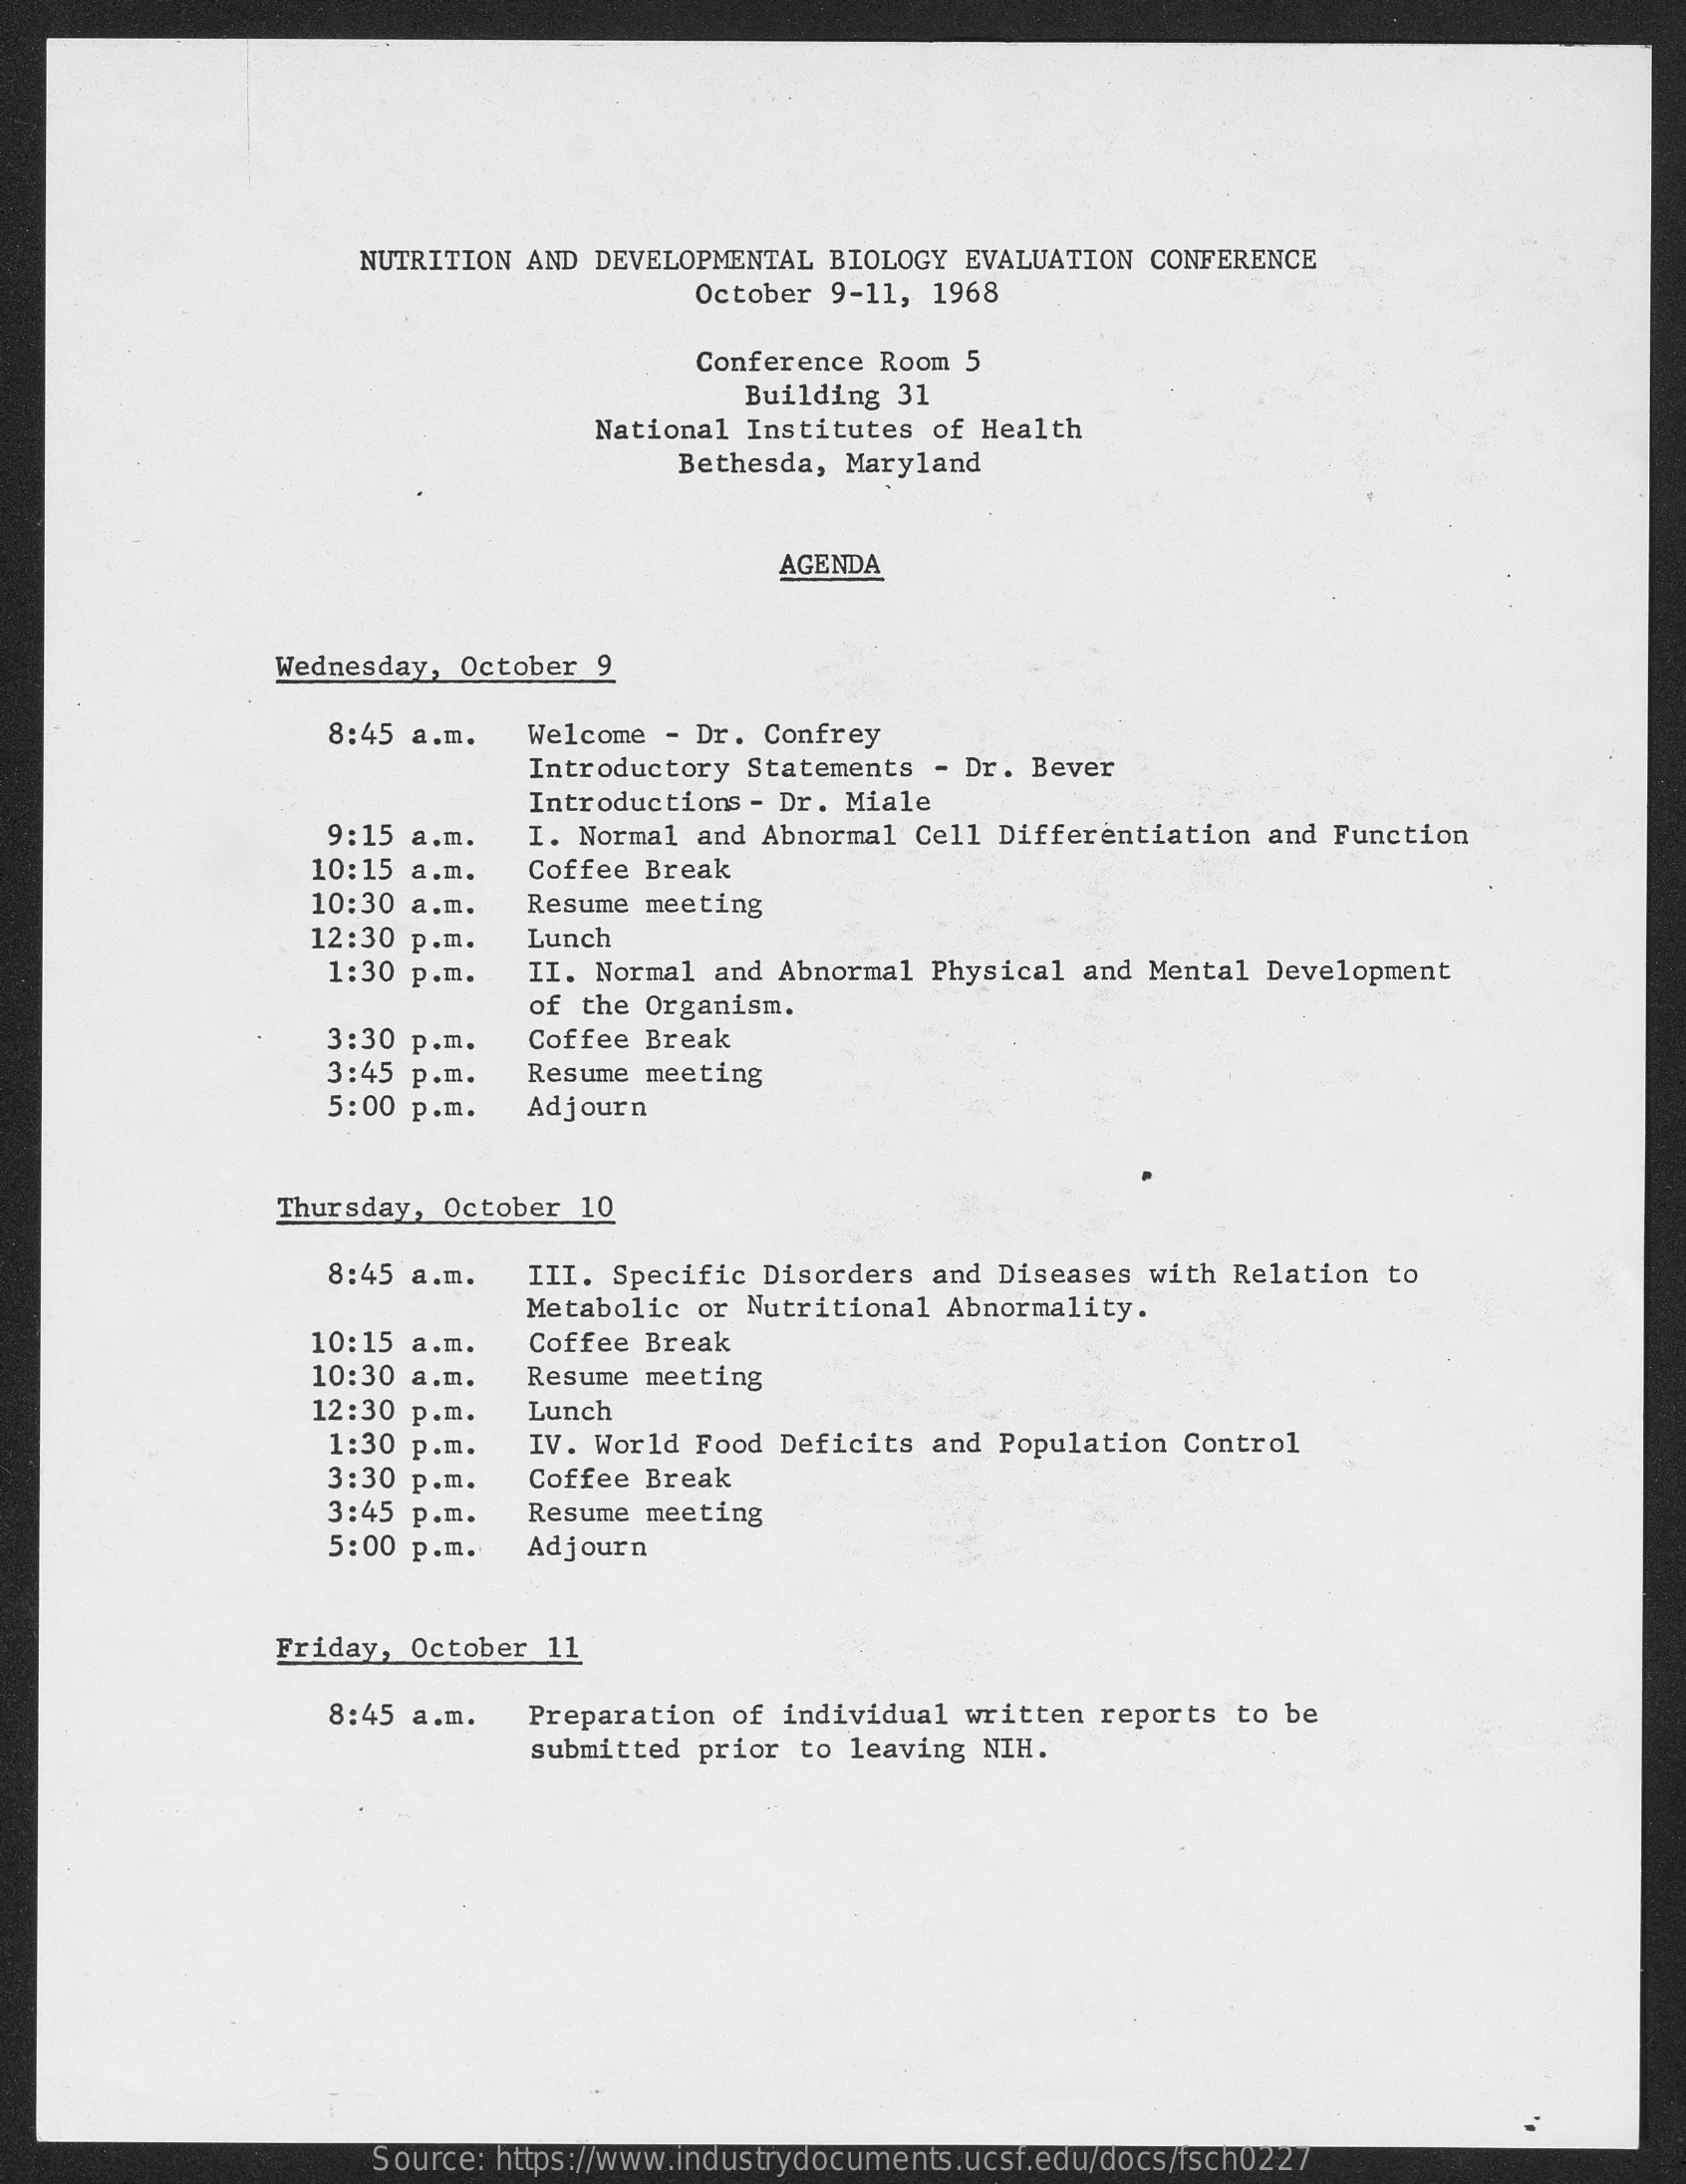
NUTRITION AND DEVELOPMENTAL  BIOLOGY  EVALUATION CONFERENCE
     October 9-11,  1968
     Conference Room  5
     Building  31
     National Institutes  of Health
     Bethesda, Maryland
     AGENDA
     Wednesday, October  9
     8:45 a.m.   Welcome  - Dr. Confrey
     Introductory Statements  - Dr. Bever
     Introductions - Dr. Miale
     9:15 a.m.   I. Normal  and Abnormal  Cell Differentiation  and Function
     10:15 a.m.    Coffee Break
     10:30 a.m.    Resume meeting
     12:30 p.m.    Lunch
     1:30 p.m.    II. Normal and Abnormal Physical  and Mental  Development
     of the Organism.
     3:30 p.m.    Coffee Break
     3:45 p.m.    Resume meeting
     5:00 p.m.   Adjourn
     Thursday, October  10
     8:45 a.m.   III. Specific  Disorders and  Diseases with Relation  to
     Metabolic  or Nutritional  Abnormality.
     10:15 a.m.    Coffee Break
     10:30 a.m.   Resume  meeting
     12:30 p.m.    Lunch
     1:30 p.m.    IV. World Food Deficits  and Population Control
     3:30 p.m.    Coffee Break
     3:45 p.m.    Resume meeting
     5:00 p.m.   Adjourn
     Friday, October  11
     8:45 a.m.    Preparation of individual  written reports  to be
     submitted prior to leaving  NIH.
     Source: https://www.industrydocuments.ucsf.edu/docs/fsch0227